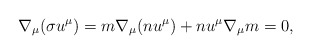
\begin{align*} \nabla_\mu(\sigma u^\mu)=m\nabla_\mu(nu^\mu)+nu^\mu\nabla_\mu m=0,\end{align*}